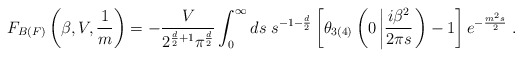
\begin{align*}F_{B(F)}\left(\beta,V,\frac{1}{m}\right)= -\frac{V}{2^{\frac{d}{2}+1}\pi^{\frac{d}{2}}}\int_{0}^{\infty} ds\;s^{-1-\frac{d}{2}}\left[ \theta_{3(4)}\left(0\left|\frac{i\beta^{2}}{2\pi s}\right.\right)-1\right] e^{-\frac{m^{2}s}{2}}\;.\end{align*}